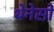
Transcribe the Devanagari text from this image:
थेनेसों